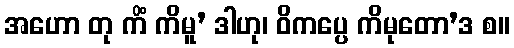
အဟော တု ကိံ ကိမူ’ ဒါဟု၊ ဝိကပ္ပေ ကိမုတော’ဒ စ။